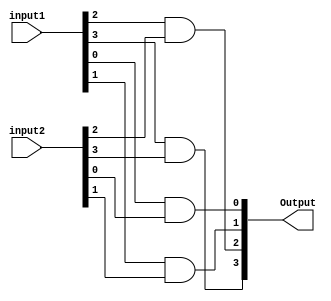
module and_fourbit(input1,input2,Output);


input[3:0] input1,input2;

output[3:0] Output;

and first_And_Gate(Output[0],input1[0],input2[0]);
and second_And_Gate(Output[1],input1[1],input2[1]);
and third_And_Gate(Output[2],input1[2],input2[2]);
and fourth_And_Gate(Output[3],input1[3],input2[3]);

endmodule